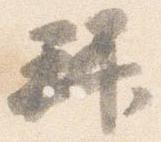
拝